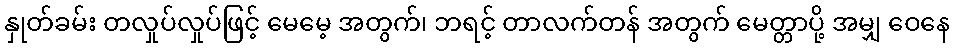
နှုတ်ခမ်း တလှုပ်လှုပ်ဖြင့် မေမေ့ အတွက်၊ ဘရင့် တာလက်တန် အတွက် မေတ္တာပို့ အမျှ ဝေနေ